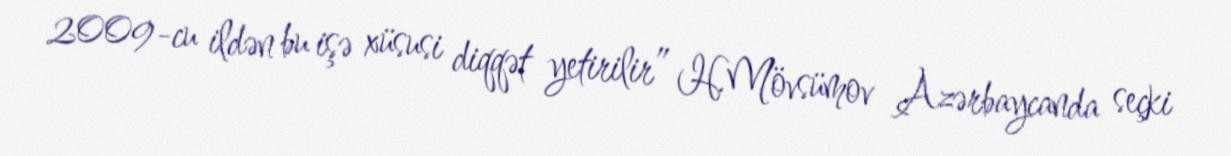
2009-cu ildən bu işə xüsusi diqqət yetirilir” H.Mövsümov Azərbaycanda seçki